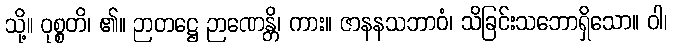
သို့။ ဝုစ္စတိ၊ ၏။ ဉာတဋ္ဌေ ဉာဏေန္တိ၊ ကား။ ဇာနနသဘာဝံ၊ သိခြင်းသဘောရှိသော။ ဝါ၊